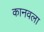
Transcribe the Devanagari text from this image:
कानवला